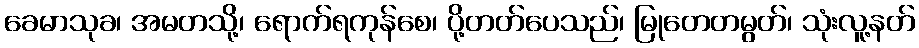
ခေမာသုခ၊ အမတသို့၊ ရောက်ရကုန်စေ၊ ပို့တတ်ပေသည်၊ မြုတေတမွတ်၊ သုံးလူ့နတ်